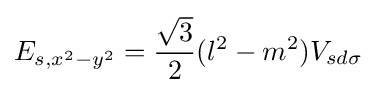
E_{s,x^{2}-y^{2}}={\frac {\sqrt {3}}{2}}(l^{2}-m^{2})V_{sd\sigma }